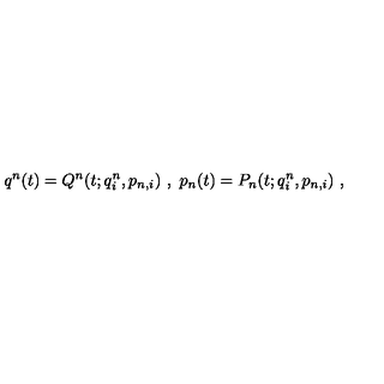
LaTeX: q ^ { n } ( t ) = Q ^ { n } ( t ; q _ { i } ^ { n } , p _ { n , i } ) \ , \ p _ { n } ( t ) = P _ { n } ( t ; q _ { i } ^ { n } , p _ { n , i } ) \ ,